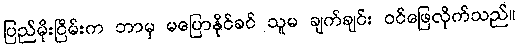
ပြည်မိုးငြိမ်းက ဘာမှ မပြောနိုင်ခင် သူမ ချက်ချင်း ဝင်ဖြေလိုက်သည်။